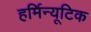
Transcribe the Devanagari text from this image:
हर्मिन्यूटिक